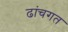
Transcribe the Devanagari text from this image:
ढांचगत